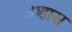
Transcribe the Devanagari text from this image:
अशास